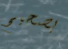
بصحيح